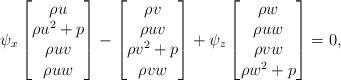
LaTeX: \begin{align*} \psi_x \left[\begin{matrix} \rho u\\ \rho u^2+p\\ \rho uv\\ \rho uw \end{matrix}\right]-\begin{bmatrix} \rho v\\ \rho uv\\ \rho v^2+p\\ \rho vw\end{bmatrix}+\psi_z\begin{bmatrix} \rho w\\ \rho uw\\ \rho vw\\ \rho w^2+p\end{bmatrix}=0,\end{align*}